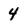
Character: 4